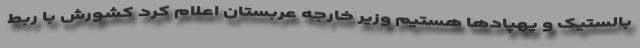
بالستیک و پهپادها هستیم وزیر خارجه عربستان اعلام کرد کشورش با ربط